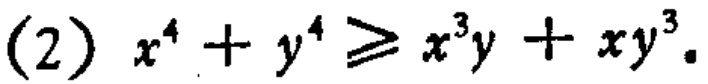
(2) \(x^{4}+y^{4}\geqslant x^{3}y + xy^{3}\)